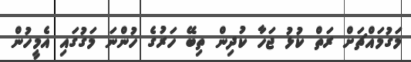
މަގުމައްޗަށް ރަތް ކުޅު ޖަހާ ކުދިން ތިބޭ ހަރުގެ ހުންނަ މަގުގައި އެމީހުން